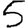
Digit: 5